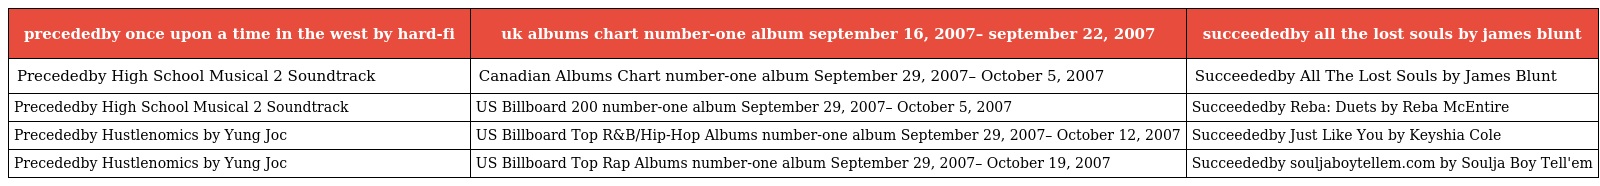
| precededby once upon a time in the west by hard-fi | uk albums chart number-one album september 16, 2007– september 22, 2007 | succeededby all the lost souls by james blunt |
 | --- | --- | --- |
 | Precededby High School Musical 2 Soundtrack | Canadian Albums Chart number-one album September 29, 2007– October 5, 2007 | Succeededby All The Lost Souls by James Blunt |
 | Precededby High School Musical 2 Soundtrack | US Billboard 200 number-one album September 29, 2007– October 5, 2007 | Succeededby Reba: Duets by Reba McEntire |
 | Precededby Hustlenomics by Yung Joc | US Billboard Top R&B/Hip-Hop Albums number-one album September 29, 2007– October 12, 2007 | Succeededby Just Like You by Keyshia Cole |
 | Precededby Hustlenomics by Yung Joc | US Billboard Top Rap Albums number-one album September 29, 2007– October 19, 2007 | Succeededby souljaboytellem.com by Soulja Boy Tell'em |